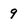
Character: 9